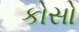
કોસો